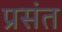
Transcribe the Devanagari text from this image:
प्रसंत